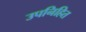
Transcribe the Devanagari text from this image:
उपनिहित